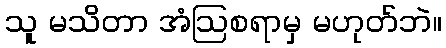
သူ မသိတာ အံဩစရာမှ မဟုတ်ဘဲ။